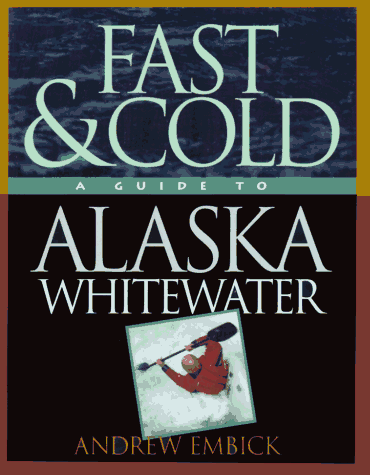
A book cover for Fast & Cold, A Guide To Alaska Whitewater; Andrew Embick; Sports & Outdoors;